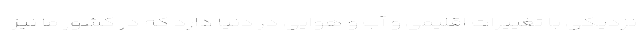
نزدیکی با تغییرات اقلیمی و آب و هوایی در دنیا دارد که در کشور ما نیز